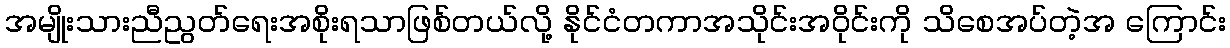
အမျိုးသားညီညွတ်ရေးအစိုးရသာဖြစ်တယ်လို့ နိုင်ငံတကာအသိုင်းအဝိုင်းကို သိစေအပ်တဲ့အ ကြောင်း